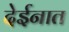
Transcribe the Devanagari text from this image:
देईनात